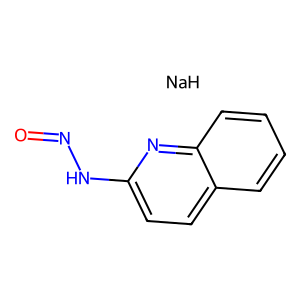
SMILES: O=NNc1ccc2ccccc2n1.[NaH]
Inhibits HIV replication: No